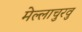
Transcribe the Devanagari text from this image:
मेल्‍लाचुरवु